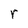
Character: r